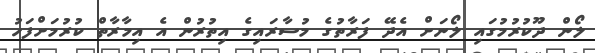
ލޯން ދޫކުރުމުގައި ލޯނަށް އެދޭ ފަރާތުގެ މުސާރައިގެ އިތުރުން އެ އިމާރާތް ކުރުމަށްފަހު